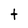
Character: t